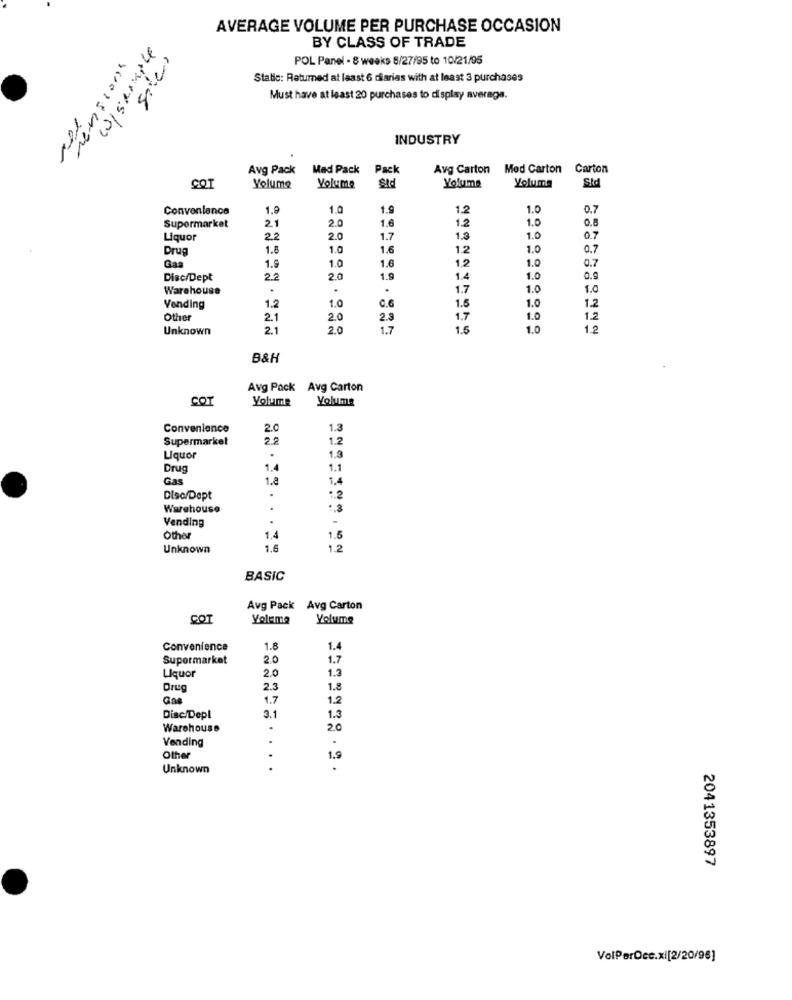
AVERAGE VOLUME PER PURCHASE OCCASION
BY CLASS OF TRADE
POL Panel - 8 weeks 8/27/95 to 10/21/05
Static: Returned at least 6 diarias with at least 3 purchases
Must have at least 20 purchases to display average.
INDUSTRY
Avg Pack
Mad Pack Pack
Avg Carton Mod Carton Carton
COT
Yolume
Yoluma
Sid
Volume
Volume
Sid
Convenience
1.9
1.0
1.
1.2
1.0
0.7
2.0
1.6
1.0
0.8
Supermarket
21
1.2
Liquor
22
2.0
1.7
1.3
1.0
0.7
Drug
1.8
1.0
1.6
1.2
1.0
0.7
Gas
1.0
1,2
1.0
0.7
1.9
1.6
Disc/Dept
2.2
2.0
1.9
1.4
1.0
0.9
Warehouse
1.7
1.0
1.0
1.0
1.2
Vending
1.2
1.0
C.G
1.5
Other
2.1
2.0
2.3
1.7
1.0
1.2
Unknown
21
2.0
1.7
1.5
1.0
12
B&H
Avg Pack Avg Carton
CO
Volume
Yolume
Convenience
2.0
1.3
Supermarket
28
1.2
Liquor
1.3
Drug
1.4
1.1
Gas
1.8
1.4
Disc/Dept
.
12
Warehouse
. 3
Vending
.
-
Other
1.4
1.5
Unknown
1.5
1.2
BASIC
Avg Pack Avg Carton
COT
Yolama
Volume
Convenience
1.8
1.4
Supermarket
2.0
1.7
Liquor
1.3
2.0
Drug
2.3
1.8
Go
1.7
1.2
Disc/Depl
3.1
1.3
Warehouse
20
Vending
.
..
Other
1.9
Unknown
.
2041353897
VolPerDcc.xi[2/20/96]